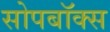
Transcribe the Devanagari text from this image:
सोपबॉक्स